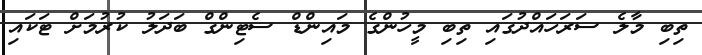
ތިބި މާލެ ސަރަހައްދުގަައި ތިބި މީހުންގެ މައިންޑް ސެޓިންގް ބަދަލު ކުރުުމަށް ޓަކައި